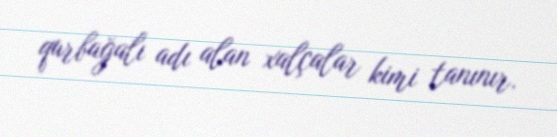
qurbağalı adı alan xalçalar kimi tanınır.